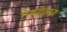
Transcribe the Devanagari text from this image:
गेमट्रेलर